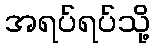
အရပ်ရပ်သို့